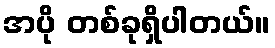
အပို တစ်ခုရှိပါတယ်။